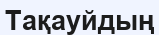
Тақауйдың